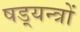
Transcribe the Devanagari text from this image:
षड़्यन्त्रों